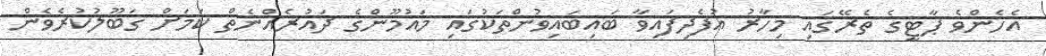
އެހެންވެ ޕާޓީގެ ތެރޭގައި މިހާރު އުފެދިފައިވާ ބައިބައިވުންތަކުގައި މައުމޫންގެ ދައުރެއްނެތް ކަމަށް ގަބޫލުކުރެވެން